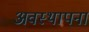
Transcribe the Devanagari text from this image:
अवस्‍थापना